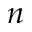
n